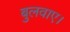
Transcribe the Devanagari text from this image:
बुलवाए।